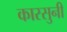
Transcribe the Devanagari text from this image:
कारसुनी